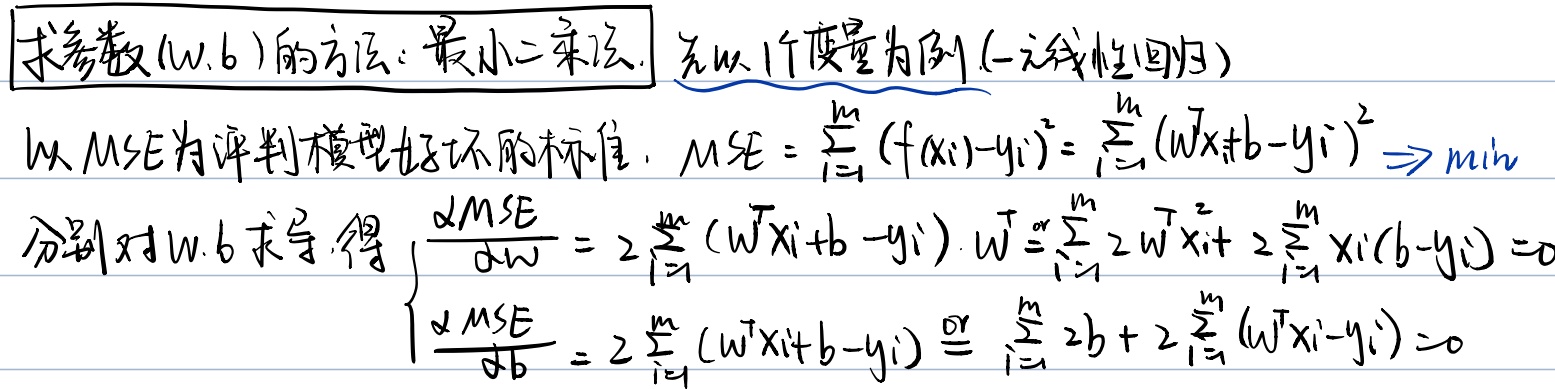
求参数\((w, b)\)的方法：最小二乘法。先以1个度量为例（一元线性回归），以MSE为评判模型好坏的标准。
\[MSE = \sum_{i = 1}^{m} (f(x_{i}) - y_{i})^{2}= \sum_{i = 1}^{m} (w x_{i}+b - y_{i})^{2} \Rightarrow \text{min}\]
分别对\(w, b\)求导，得
\[\begin{cases}\frac{\partial MSE}{\partial w}=2\sum_{i = 1}^{m}(w x_{i}+b - y_{i})\cdot x_{i}=\sum_{i = 1}^{m}2w x_{i}^{2}+2\sum_{i = 1}^{m}x_{i}(b - y_{i}) = 0\\\frac{\partial MSE}{\partial b}=2\sum_{i = 1}^{m}(w x_{i}+b - y_{i})=\sum_{i = 1}^{m}2b+2\sum_{i = 1}^{m}(w x_{i}-y_{i}) = 0\end{cases}\]